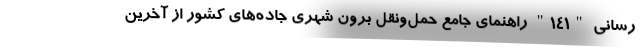
رسانی "۱۴۱" راهنمای جامع حمل‌ونقل برون شهری جاده‌های کشور از آخرین